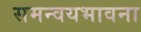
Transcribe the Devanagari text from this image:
समन्वयभावना